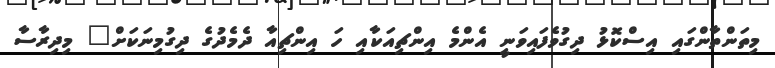
މިތަންތާންގައި އިސްކޮޅު ދިގުވެފައިވަނީ އެންމެ އިންޗިއަކާއި ހަ އިންޗިއާ ދެމެދުގެ ދިގުމިނަކަށް" މިދިރާސާ